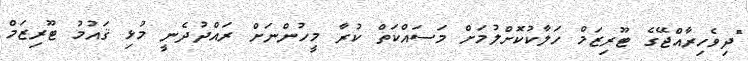
"ދިވެހިރާއްޖޭގެ ޓޫރިޒަމް ހަލާކުކޮށްލުމަށް މަސައްކަތް ކުރާ މީހުންނަށް ރައްދުދެނީ މުޅި ޤައުމު ޓޫރިޒަމް